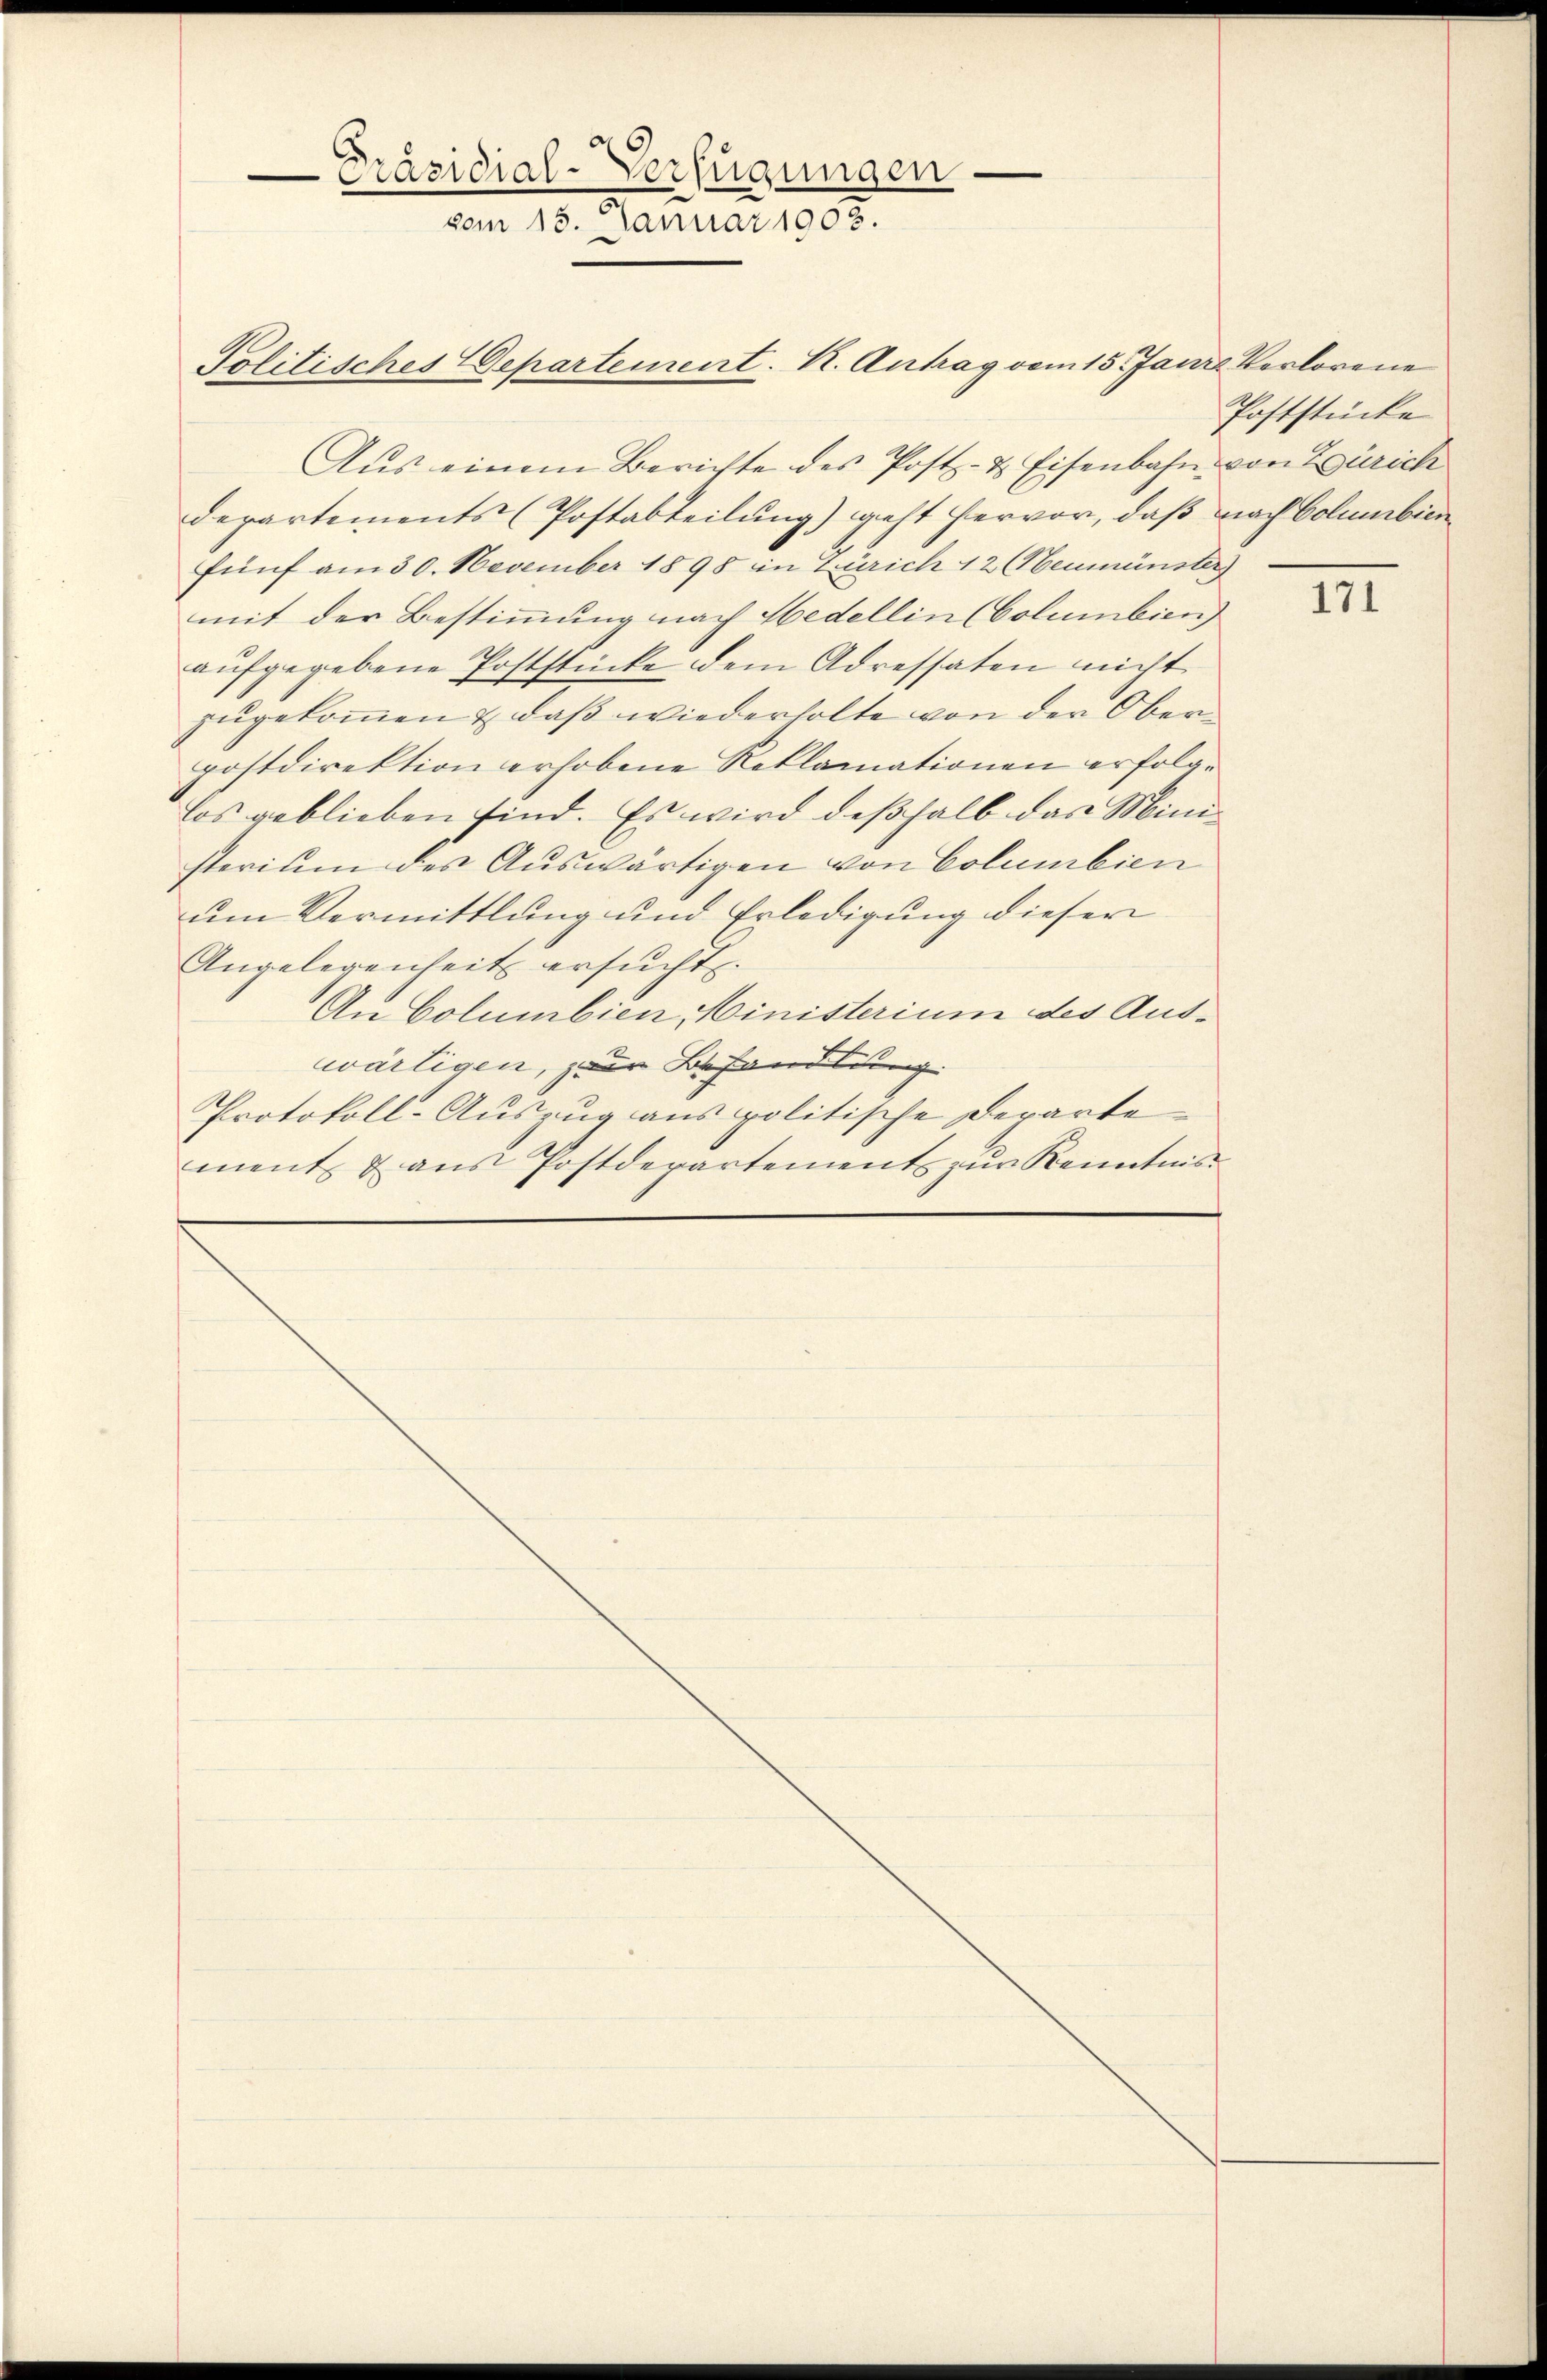
Aus einem Berichte des Post- & Eisenbahn von Zürich
departements (Postabteilung) geht hervor, daß nach Columbien
fünf am 30. November 1898 in Zürich 12 Neumünster)
mit der Bestimmung nach Hedellin (Columbien)
aŭfgegebene Poststücke dem Adressaten nicht
zugekommen & daß wiederholte von der Oberpostdirektion erhobene Reklamationen erfolglos geblieben sind. Es wird deßhalb das Ministerium des Auswärtigen von Columbien
um Vermittlung und Erledigung dieser
Angelegenheit ersucht.
An Columbien Ministerium des Auswärtigen, zur Behandlung.
Protokoll-Auszug aus politische Departe
ment & ans Postdepartements zŭr Kenntma

Politisches Departement. K. Antrag vom 15. Janze Verlorene

Präsidial-Verfügungen
vom 15. Januar 1903.

Poststücke

171